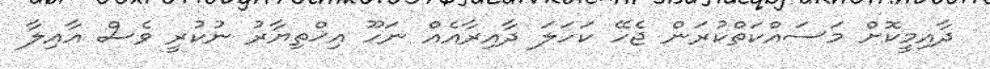
ދާއިމީކޮށް މަސައްކަތްކުރަން ޖެހޭ ކަހަލަ ދާއިރާއެއް ނަހޫ އިޚްތިޔާރު ނުކުރީ ވެސް އާއިލާ